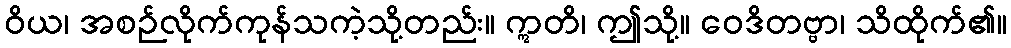
ဝိယ၊ အစဉ်လိုက်ကုန်သကဲ့သို့တည်း။ ဣတိ၊ ဤသို့။ ဝေဒိတဗ္ဗာ၊ သိထိုက်၏။